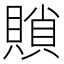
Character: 䞆